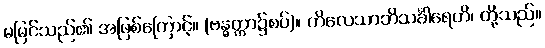
မမြင်သည်၏ အဖြစ်ကြောင့်။ (ဗန္ဓတ္တာ၌စပ်)။ ကိလေသာဘိသင်္ခါရေဟိ၊ တို့သည်။